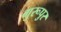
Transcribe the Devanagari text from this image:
गुरूपुर